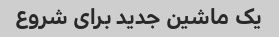
یک ماشین جدید برای شروع